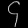
Digit: ၄